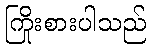
ကြိုးစားပါသည်